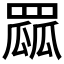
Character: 𦋯